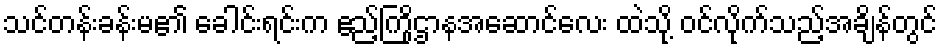
သင်တန်းခန်းမ၏ ခေါင်းရင်းက ဧည့်ကြိုဌာနအဆောင်လေး ထဲသို့ ဝင်လိုက်သည့်အချိန်တွင်